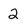
Character: 2